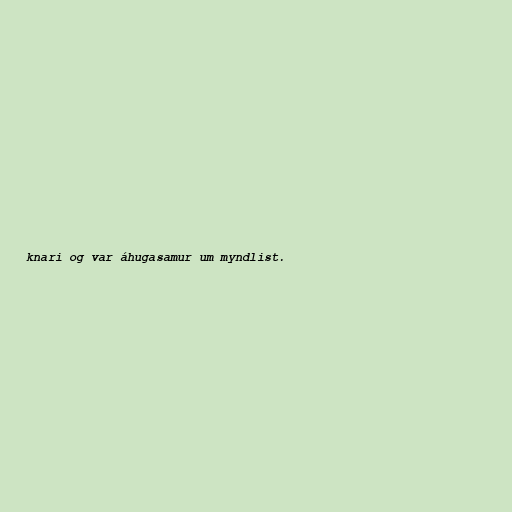
knari og var áhugasamur um myndlist.